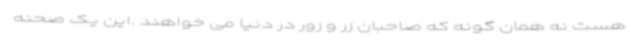
هست نه همان گونه که صاحبان زر و زور در دنیا می خواهند .این یک صحنه